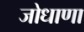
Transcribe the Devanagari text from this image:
जोधाणा